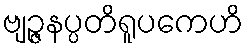
ဗျဉ္ဇနပ္ပတိရူပကေဟိ